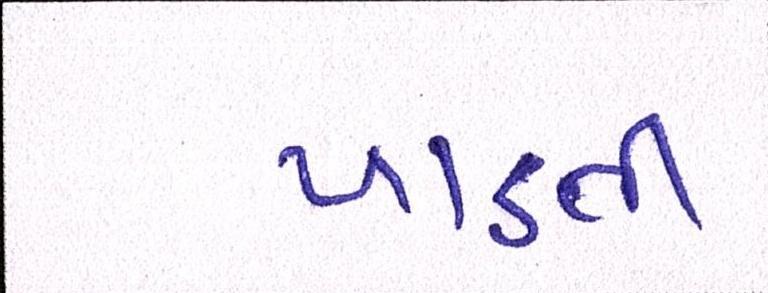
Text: પાડતી